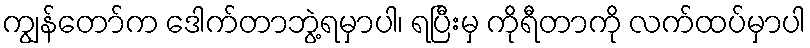
ကျွန်တော်က ဒေါက်တာဘွဲ့ရမှာပါ၊ ရပြီးမှ ကိုရီတာကို လက်ထပ်မှာပါ